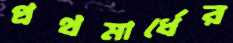
প্রথমার্ধের